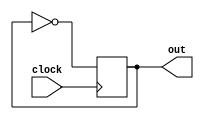
module test_parameter(
        clock,
        out
    );
    parameter cycle = 200;
    parameter signal = 2'b00;
    input      clock;
    output reg out;

    always @(posedge clock) begin
        out = ~out;
    end
        

endmodule